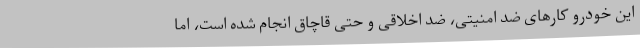
این خودرو کارهای ضد امنیتی، ضد اخلاقی و حتی قاچاق انجام شده است، اما